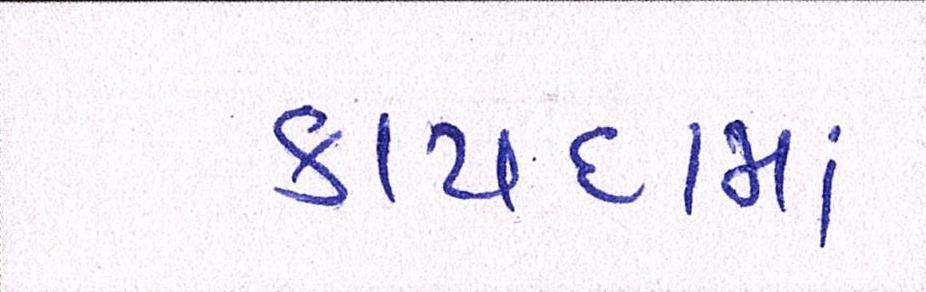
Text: કાયદામાં